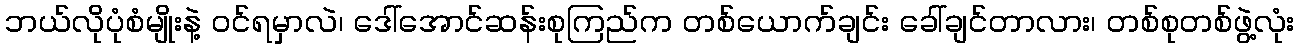
ဘယ်လိုပုံစံမျိုးနဲ့ ဝင်ရမှာလဲ၊ ဒေါ်အောင်ဆန်းစုကြည်က တစ်ယောက်ချင်း ခေါ်ချင်တာလား၊ တစ်စုတစ်ဖွဲ့လုံး